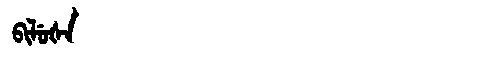
Manchu: ᠪᡳᠯᡠᡧᠠ
Romanization: BILUŠA